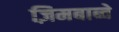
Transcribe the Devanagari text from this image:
ज़िमबाब्वे